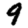
Digit: 9